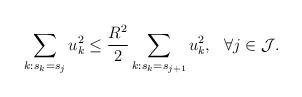
LaTeX: \begin{align*} \sum_{k: s_k = s_j} u_k^2 \leq \frac{R^2}{2} \sum_{ k: s_k = s_{j+1} } u_k^2, ~~ \forall j \in \mathcal{J}.\end{align*}